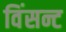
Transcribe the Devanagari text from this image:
विंसन्ट